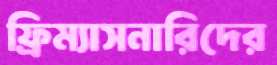
ফ্রিম্যাসনারিদের